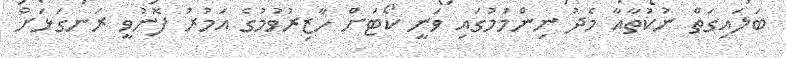
ބަލައިގަތް ނުކުތާއާ މެދު ނިންމުމުގައި ވަނީ ކޯޓަށް ހާޒިރުވުމުގެ އަމުރު ފޮނުވީ ރަނގަޅަށް